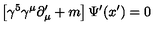
\left[ \gamma ^ { 5 } \gamma ^ { \mu } \partial _ { \mu } ^ { \prime } + m \right] \Psi ^ { \prime } ( x ^ { \prime } ) = 0